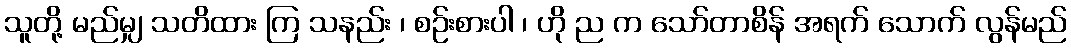
သူတို့ မည်မျှ သတိထား ကြ သနည်း ၊ စဉ်းစားပါ ၊ ဟို ည က သော်တာစိန် အရက် သောက် လွန်မည်